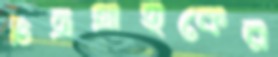
চিত্রগ্রাহকের